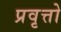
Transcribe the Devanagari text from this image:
प्रवृत्तो